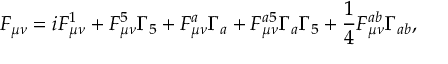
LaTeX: F _ { \mu \nu } = i F _ { \mu \nu } ^ { 1 } + F _ { \mu \nu } ^ { 5 } \Gamma _ { 5 } + F _ { \mu \nu } ^ { a } \Gamma _ { a } + F _ { \mu \nu } ^ { a 5 } \Gamma _ { a } \Gamma _ { 5 } + \frac { 1 } { 4 } F _ { \mu \nu } ^ { a b } \Gamma _ { a b } ,